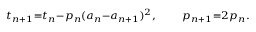
\scriptstyle t _ { n + 1 } = t _ { n } - p _ { n } ( a _ { n } - a _ { n + 1 } ) ^ { 2 } , \quad \quad p _ { n + 1 } = 2 p _ { n } .